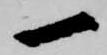
一